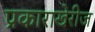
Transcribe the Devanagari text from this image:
प्रकाराखेरीज